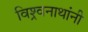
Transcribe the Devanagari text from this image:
विश्र्वनाथांनी